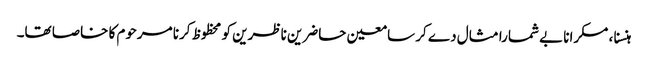
ہنسنا ، مسکرانا بے شمارا مثال دے کر سامعین حاضرین ناظرین کو محظوظ کرنا مرحوم کا خاصا تھا۔